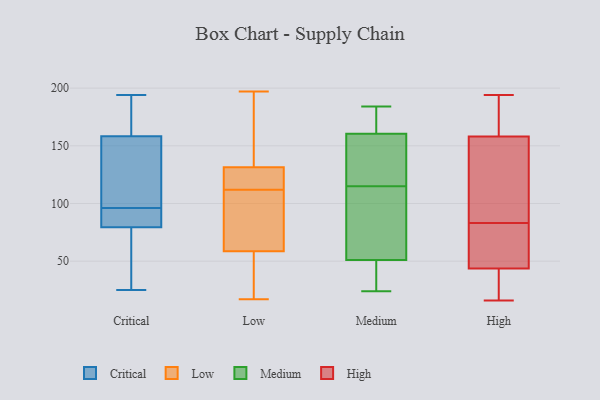
{"axis": {"x": "Tickets Resolved", "y": "Value"}, "legend": ["Critical", "High", "Low", "Medium"], "data": [{"x": "", "y": 186, "type": "Critical"}, {"x": "", "y": 55, "type": "Critical"}, {"x": "", "y": 81, "type": "Critical"}, {"x": "", "y": 25, "type": "Critical"}, {"x": "", "y": 105, "type": "Critical"}, {"x": "", "y": 151, "type": "Critical"}, {"x": "", "y": 90, "type": "Critical"}, {"x": "", "y": 81, "type": "Critical"}, {"x": "", "y": 75, "type": "Critical"}, {"x": "", "y": 90, "type": "Critical"}, {"x": "", "y": 57, "type": "Critical"}, {"x": "", "y": 165, "type": "Critical"}, {"x": "", "y": 156, "type": "Critical"}, {"x": "", "y": 194, "type": "Critical"}, {"x": "", "y": 194, "type": "Critical"}, {"x": "", "y": 146, "type": "Critical"}, {"x": "", "y": 96, "type": "Critical"}, {"x": "", "y": 197, "type": "Low"}, {"x": "", "y": 116, "type": "Low"}, {"x": "", "y": 112, "type": "Low"}, {"x": "", "y": 45, "type": "Low"}, {"x": "", "y": 193, "type": "Low"}, {"x": "", "y": 78, "type": "Low"}, {"x": "", "y": 21, "type": "Low"}, {"x": "", "y": 80, "type": "Low"}, {"x": "", "y": 17, "type": "Low"}, {"x": "", "y": 96, "type": "Low"}, {"x": "", "y": 52, "type": "Low"}, {"x": "", "y": 119, "type": "Low"}, {"x": "", "y": 121, "type": "Low"}, {"x": "", "y": 135, "type": "Low"}, {"x": "", "y": 162, "type": "Low"}, {"x": "", "y": 82, "type": "Medium"}, {"x": "", "y": 29, "type": "Medium"}, {"x": "", "y": 115, "type": "Medium"}, {"x": "", "y": 24, "type": "Medium"}, {"x": "", "y": 130, "type": "Medium"}, {"x": "", "y": 25, "type": "Medium"}, {"x": "", "y": 68, "type": "Medium"}, {"x": "", "y": 184, "type": "Medium"}, {"x": "", "y": 28, "type": "Medium"}, {"x": "", "y": 139, "type": "Medium"}, {"x": "", "y": 76, "type": "Medium"}, {"x": "", "y": 167, "type": "Medium"}, {"x": "", "y": 153, "type": "Medium"}, {"x": "", "y": 177, "type": "Medium"}, {"x": "", "y": 51, "type": "Medium"}, {"x": "", "y": 163, "type": "Medium"}, {"x": "", "y": 146, "type": "Medium"}, {"x": "", "y": 165, "type": "Medium"}, {"x": "", "y": 51, "type": "Medium"}, {"x": "", "y": 58, "type": "High"}, {"x": "", "y": 143, "type": "High"}, {"x": "", "y": 39, "type": "High"}, {"x": "", "y": 26, "type": "High"}, {"x": "", "y": 171, "type": "High"}, {"x": "", "y": 83, "type": "High"}, {"x": "", "y": 16, "type": "High"}, {"x": "", "y": 176, "type": "High"}, {"x": "", "y": 80, "type": "High"}, {"x": "", "y": 32, "type": "High"}, {"x": "", "y": 122, "type": "High"}, {"x": "", "y": 99, "type": "High"}, {"x": "", "y": 163, "type": "High"}, {"x": "", "y": 118, "type": "High"}, {"x": "", "y": 82, "type": "High"}, {"x": "", "y": 174, "type": "High"}, {"x": "", "y": 39, "type": "High"}, {"x": "", "y": 83, "type": "High"}, {"x": "", "y": 194, "type": "High"}]}